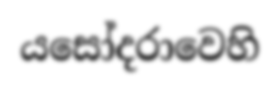
යසෝදරාවෙහි